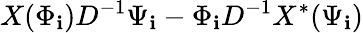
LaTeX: X(\Phi_{\mathbf{i}})D^{-1}\Psi_{\mathbf{i}}-\Phi_{\mathbf{i}}D^{-1}X^{\ast}(\Psi_{\mathbf{i}})